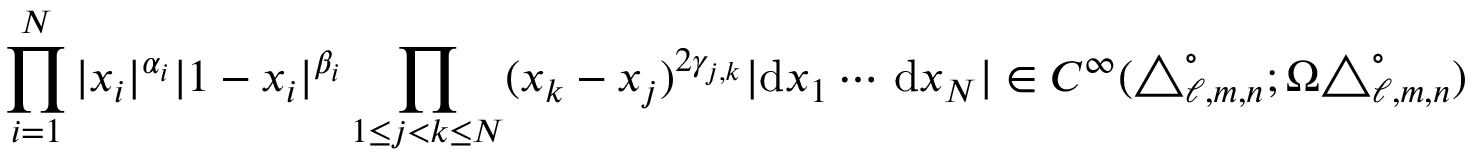
\prod _ { i = 1 } ^ { N } | x _ { i } | ^ { \alpha _ { i } } | 1 - x _ { i } | ^ { \beta _ { i } } \prod _ { 1 \leq j < k \leq N } ( x _ { k } - x _ { j } ) ^ { 2 \gamma _ { j , k } } | \mathrm { d } x _ { 1 } \cdots \, \mathrm { d } x _ { N } | \in C ^ { \infty } ( \triangle _ { \ell , m , n } ^ { \circ } ; \Omega \triangle _ { \ell , m , n } ^ { \circ } )